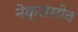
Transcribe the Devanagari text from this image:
नेक्रासोव